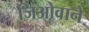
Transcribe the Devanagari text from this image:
जिओवाने